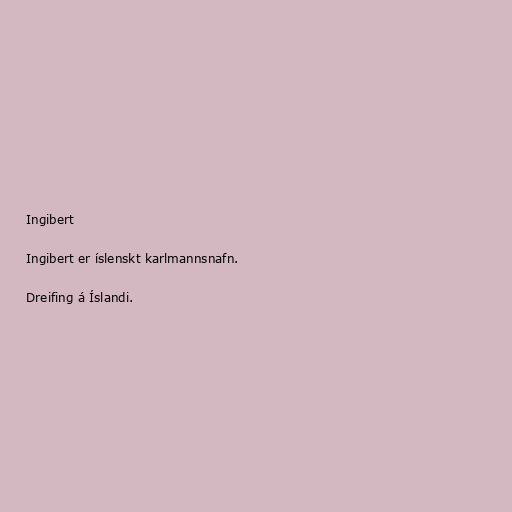
Ingibert

Ingibert er íslenskt karlmannsnafn.

Dreifing á Íslandi.